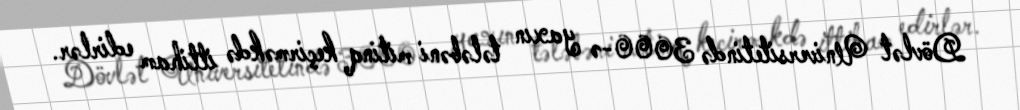
Dövlət Universitetində 3000-ə yaxın tələbəni mitinq keçirməkdə ittiham edirlər.